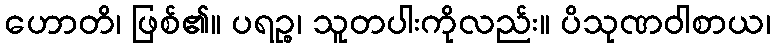
ဟောတိ၊ ဖြစ်၏။ ပရဉ္စ၊ သူတပါးကိုလည်း။ ပိသုဏဝါစာယ၊